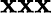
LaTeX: \mathbf{x}\mathbf{x}\mathbf{x}